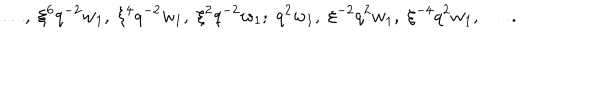
\ldots , \; \xi ^ { 6 } q ^ { - 2 } w _ { 1 } , \; \xi ^ { 4 } q ^ { - 2 } w _ { 1 } , \; \xi ^ { 2 } q ^ { - 2 } w _ { 1 } ; \; q ^ { 2 } w _ { 1 } , \; \xi ^ { - 2 } q ^ { 2 } w _ { 1 } , \; \xi ^ { - 4 } q ^ { 2 } w _ { 1 } , \; \ldots .